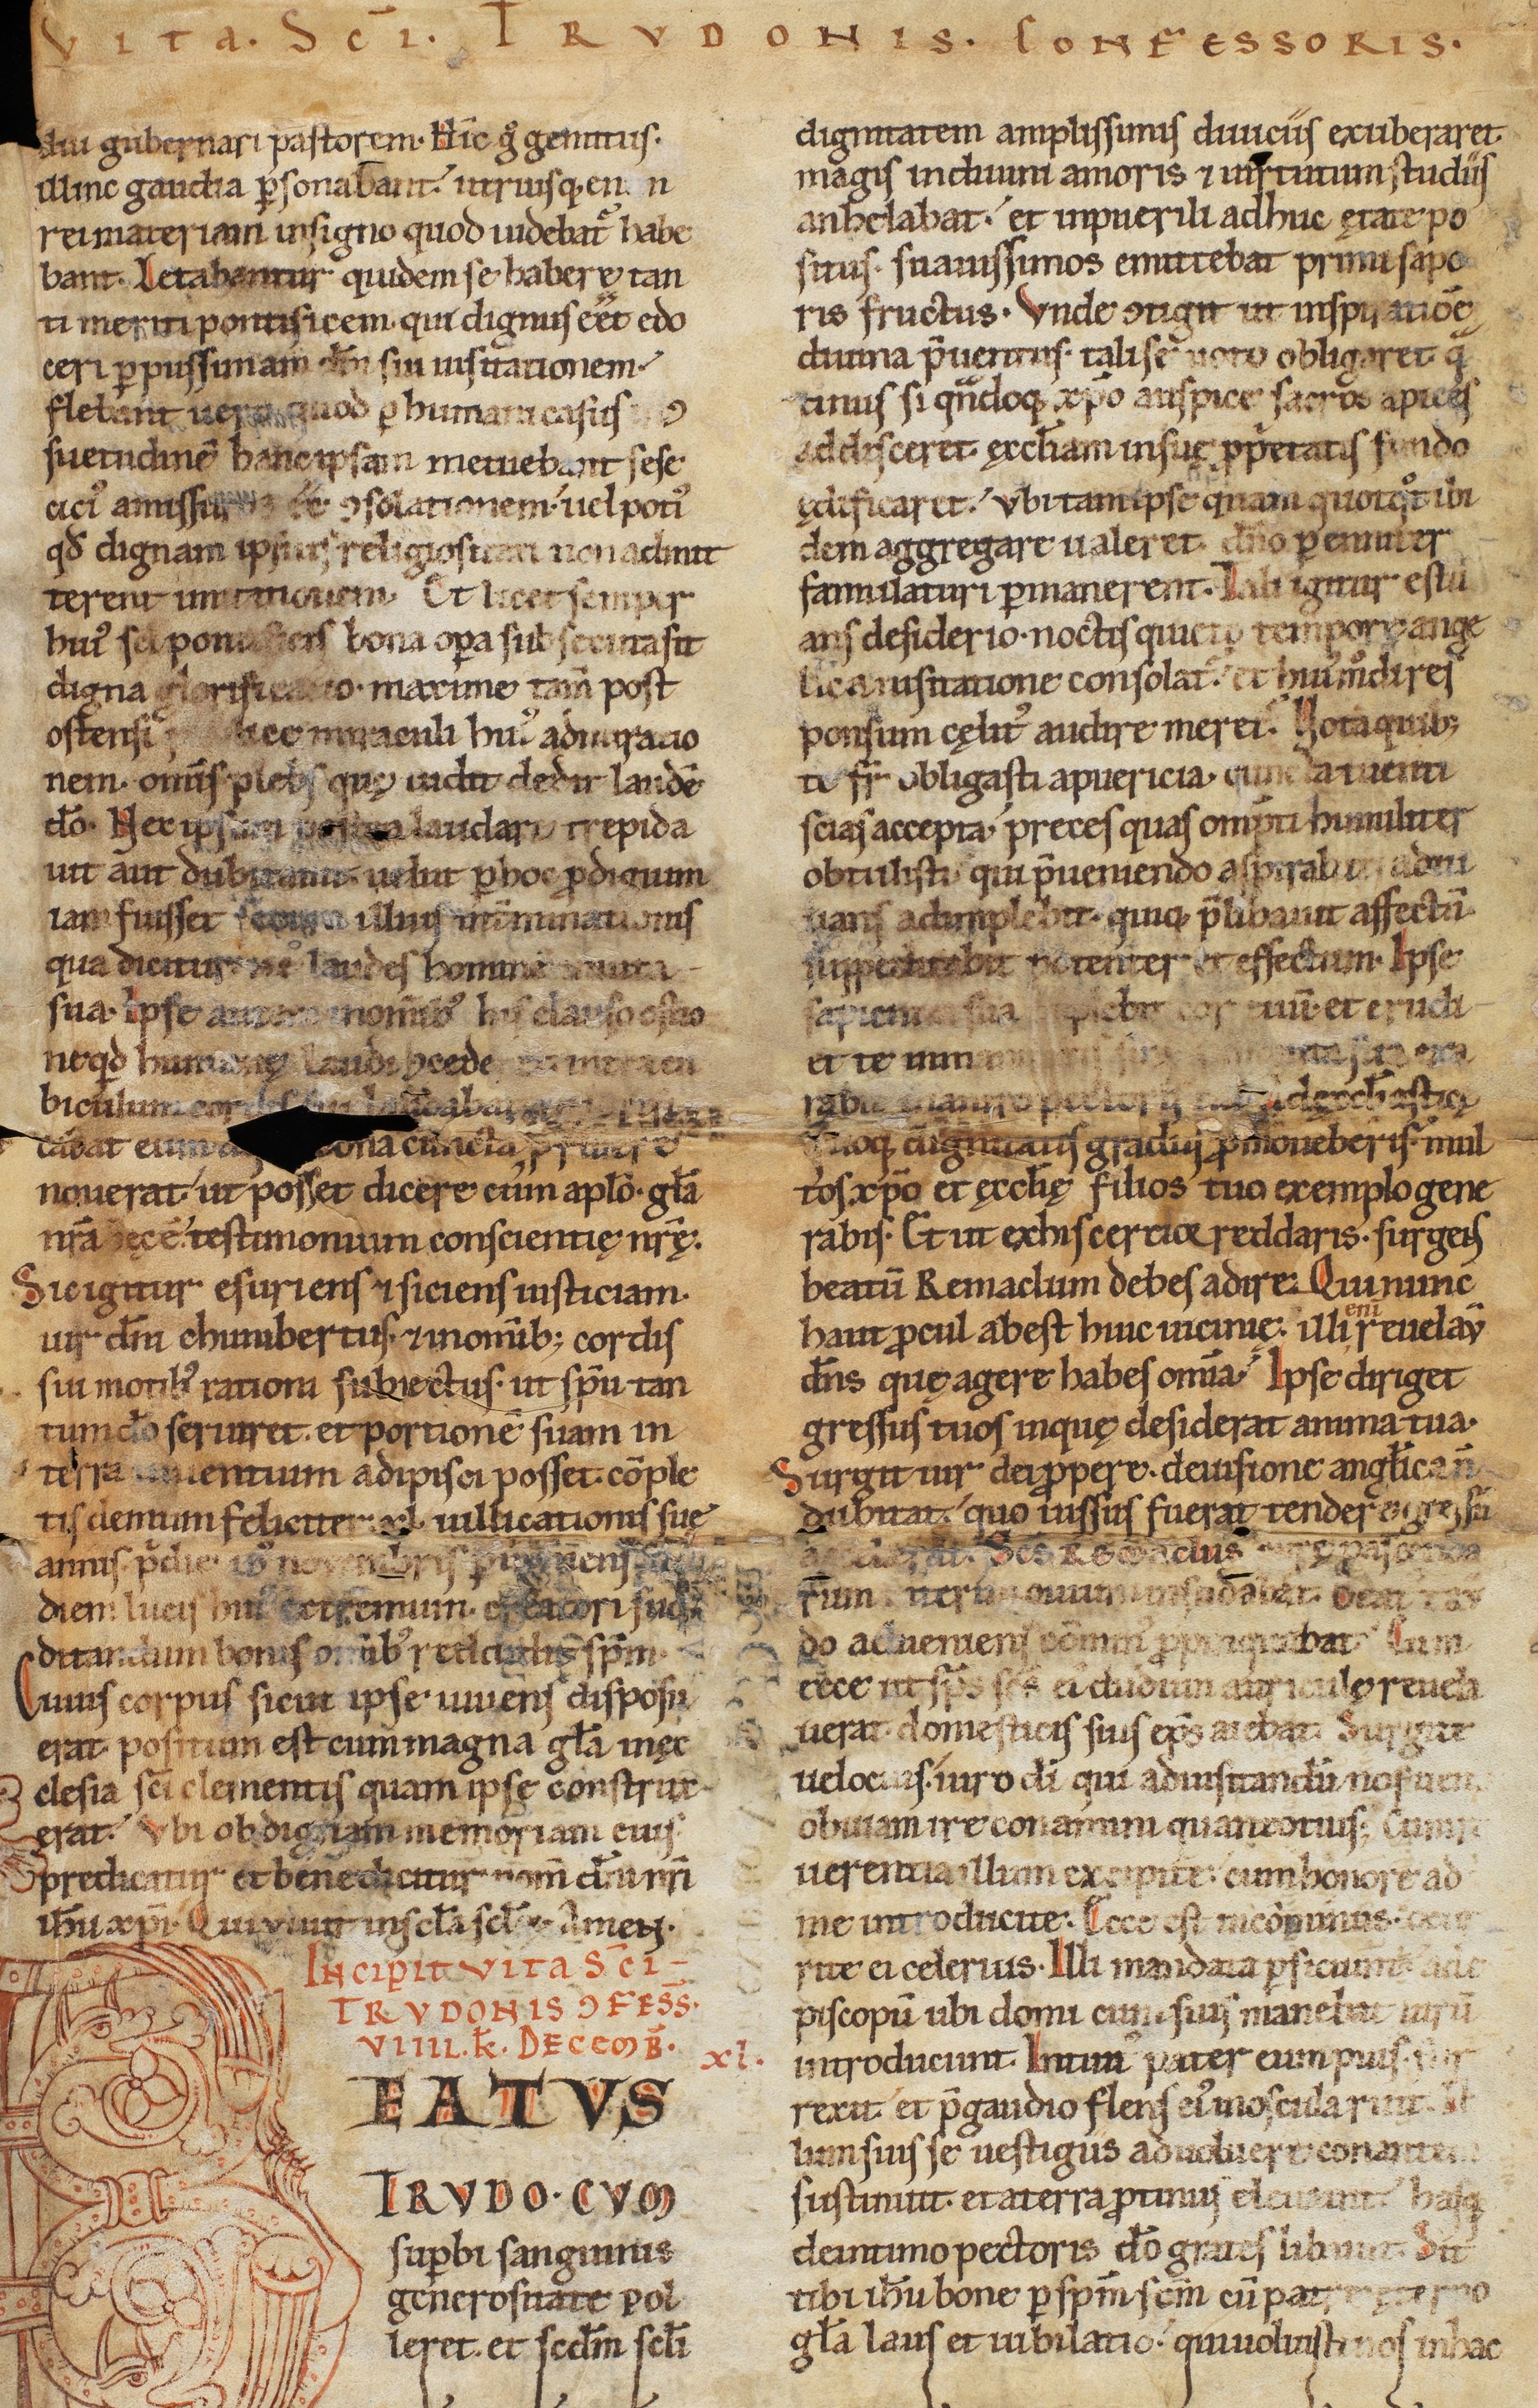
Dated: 1140–1170